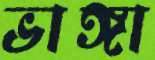
ভাঙ্গা